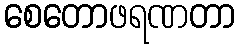
စေတောဖရဏတာ